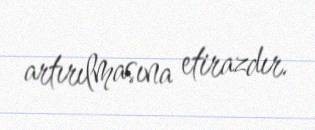
artırılmasına etirazdır.